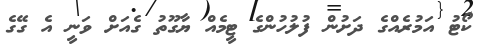
ކޯޓު އަމުރެއްގެ ދަށުން ފުލުހުންގެ ޓީމެއް ޔާގޫތު ގެއަށް ވަނީ އެ ގޭގެ